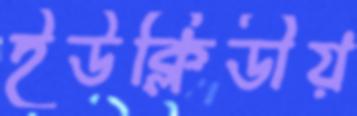
ইউক্লিডীয়